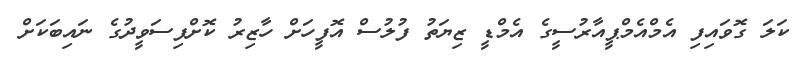
ކަލަ ގޮވައިފި އެމްއެމްޕީއާރުސީގެ އެމްޑީ ޒިޔަތު ފުލުސް އޮފީހަށް ހާޒިރު ކޮށްފިސަވީދުގެ ނައިބަކަށް